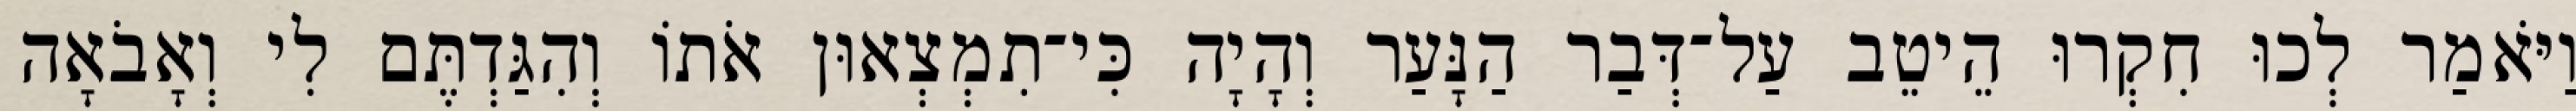
וַיֹּאמַר לְכוּ חִקְרוּ הֵיטֵב עַל־דְּבַר הַנָּעַר וְהָיָה כִּי־תִמְצְאוּן אֹתוֹ וְהִגַּדְתֶּם לִי וְאָבֹאָה